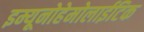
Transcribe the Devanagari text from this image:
इम्यूनोहेमोलाईटिक